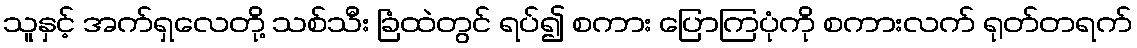
သူနှင့် အက်ရှလေတို့ သစ်သီး ခြံထဲတွင် ရပ်၍ စကား ပြောကြပုံကို စကားလက် ရုတ်တရက်